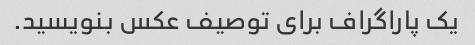
یک پاراگراف برای توصیف عکس بنویسید.